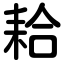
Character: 耠